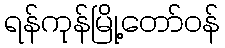
ရန်ကုန်မြို့တော်ဝန်